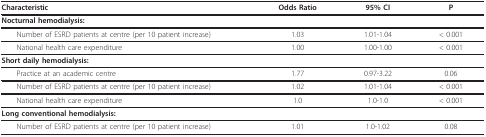
| Characteristic | Odds Ratio | 95% CI | P |
 | --- | --- | --- | --- |
 | Nocturnal hemodialysis: |  |  |  |
 | Number of ESRD patients at centre (per 10 patient increase) | 1.03 | 1.01-1.04 | < 0.001 |
 | National health care expenditure | 1.00 | 1.00-1.00 | < 0.001 |
 | Short daily hemodialysis: |  |  |  |
 | Practice at an academic centre | 1.77 | 0.97-3.22 | 0.06 |
 | Number of ESRD patients at centre (per 10 patient increase) | 1.02 | 1.01-1.04 | < 0.001 |
 | National health care expenditure | 1.0 | 1.0-1.0 | < 0.001 |
 | Long conventional hemodialysis: |  |  |  |
 | Number of ESRD patients at centre (per 10 patient increase) | 1.01 | 1.0-1.02 | 0.08 |